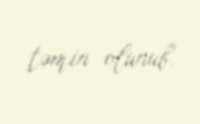
təmin olunub.